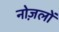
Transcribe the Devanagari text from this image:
नोज़लों